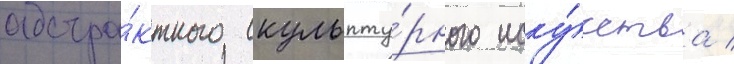
абстра́ктного скульпту́рного иску́сства /